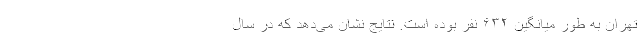
تهران به طور میانگین ۶۳۲ نفر بوده است. نتایج نشان می‌دهد که در سال